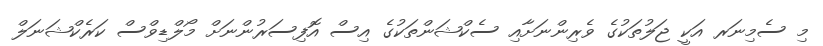
މި ސެމިނަރ އަކީ ޖަލުތަކުގެ ވެރިންނަށާއި ސެކްޝަންތަކުގެ އިސް އޮފިސަރުންނަށް މޯލްޑިވްސް ކަރެކްޝަނަލް